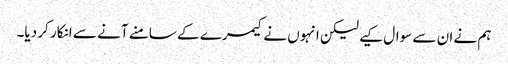
ہم نے ان سے سوال کیے لیکن انہوں نے کیمرے کے سامنے آنے سے انکار کر دیا۔